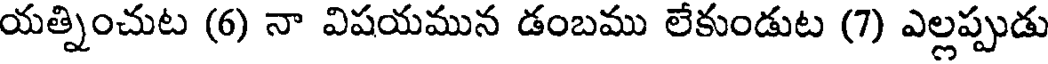
యత్నించుట (6) నా విషయమున డంబము లేకుండుట (7) ఎల్లప్పుడు